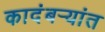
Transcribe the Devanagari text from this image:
कादंबऱ्यांत